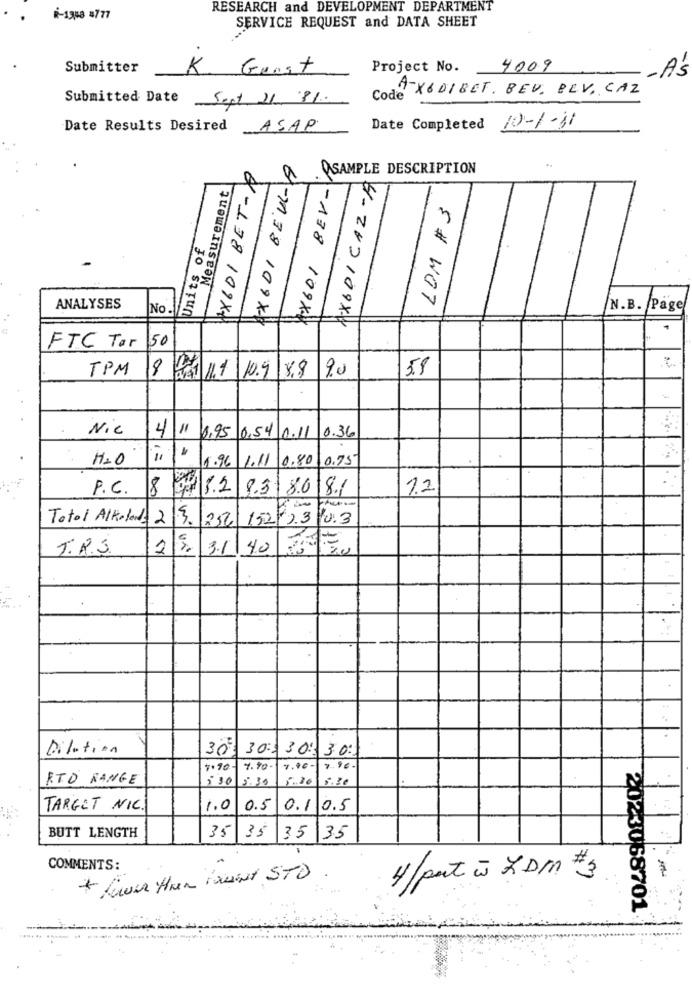
RESEARCH and DEVELOPMENT DEPARTMENT
6-1358 8777
SERVICE REQUEST and DATA SHEET
Submitter
K. Gunst
Project No.
4009
Code X6DIBET. BEV. BEV, CAZ
Submitted Date
Sept 21 81.
Date Completed 10-1-31
Date Results Desired ASAP
HX601 BET-
AX6DI BEUL-Y
QSAMPLE DESCRIPTION
AX6DICAZ-A
XX601 BEV-
Measurement
Units of
5 # WOT
ANALYSES
No.
N.B. Page
FTC Tor 50
TPM
10.9 8.9 9.0
5.8
8 2 11
Nie
4 11 1.95
0,54 0.11 0.36
H2O
1.96
1.11
0.80
0.75
P.C.
00
8.3
8.0
8.1
12
Total Alkolands 23- 252
152/03
YU: 3
vit
T.R.S.
3.1 40
Dilution
30 30: 30: 30
1.90-
4.70-
7.40
RTD RANGE
5.30
5.30
TARGET NIC.
1.0
0.5
0.1 0.5
BUTT LENGTH
35 35
35
35
COMMENTS:
+ lower than Mount STD
4/pat is XDM #3
-
2023068701